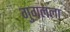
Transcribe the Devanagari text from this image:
गुगलला